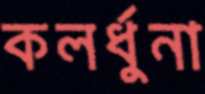
কলর্ধুনা